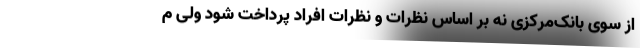
از سوی بانک‌مرکزی نه بر اساس نظرات و نظرات افراد پرداخت شود ولی م